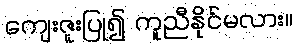
ကျေးဇူးပြု၍ ကူညီနိုင်မလား။